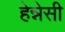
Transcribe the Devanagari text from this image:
हेन्नेसी